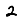
Digit: 2